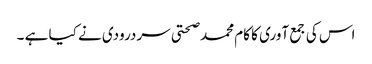
اس کی جمع آوری کا کام محمد صحتی سردرودی نے کیا ہے ۔